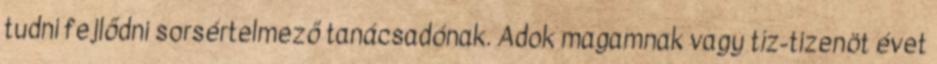
tudni fejlődni sorsértelmező tanácsadónak. Adok magamnak vagy tíz-tizenöt évet